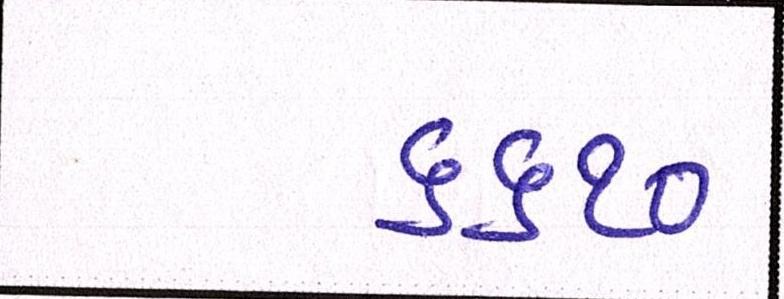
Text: ૬૬૧૦